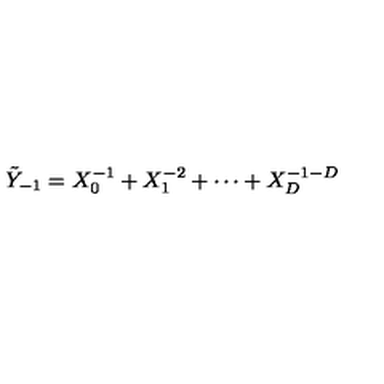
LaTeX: \tilde { Y } _ { - 1 } = X _ { 0 } ^ { - 1 } + X _ { 1 } ^ { - 2 } + \cdots + X _ { D } ^ { - 1 - D }